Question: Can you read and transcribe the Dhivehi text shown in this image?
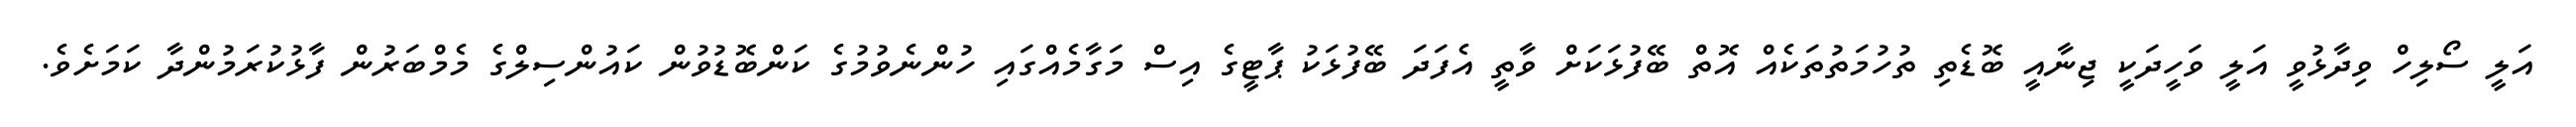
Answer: އަލީ ސޯލިހް ވިދާޅުވީ އަލީ ވަހީދަކީ ޖިނާއީ ބޮޑެތި ތުހުމަތުތަކެއް އޮތް ބޭފުޅަކަށް ވާތީ އެފަދަ ބޭފުޅަކު ޕާޓީގެ އިސް މަގާމެއްގައި ހުންނެވުމުގެ ކަންބޮޑުވުން ކައުންސިލްގެ މެމްބަރުން ފާޅުކުރަމުންދާ ކަމަށެވެ.